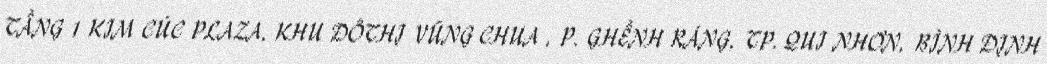
TẦNG 1 KIM CÚC PLAZA, KHU ĐÔTHỊ VŨNG CHUA , P. GHỀNH RÁNG, TP. QUI NHƠN, BÌNH ĐỊNH